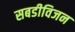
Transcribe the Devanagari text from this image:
सबडीविजन